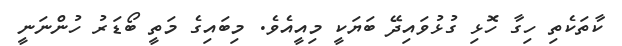
ކާތަކެތި ހިގާ ހޮޅި ގުޅުވައިދޭ ބަޔަކީ މިއީއެވެ. މިބައިގެ މަތީ ބޯޑަރު ހުންނަނީ